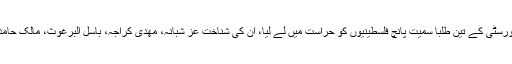
ادھر رام اللہ میں اسرائیلی فوج نے بیر زیت یونیورسٹی کے تین طلبا سمیت پانچ فلسطینیوں کو حراست میں لے لیا، ان کی شناخت عز شبانہ، مھدی کراجہ، باسل البرغوث، مالک حامد اور شادی انجاص کے ناموں سے کی گئی ہے۔